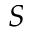
S